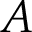
A